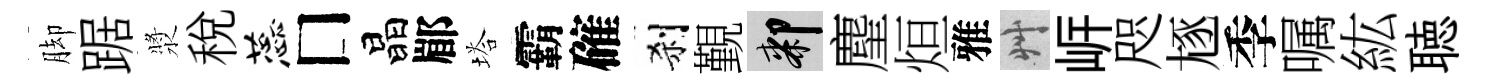
脚踞漿税蕊□晶郿塔霸確刹覲膝麈烜雅艸㟁咫豗季嘱紘聴